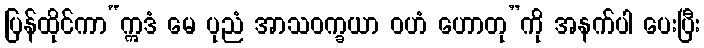
ပြန်ထိုင်ကာ“ဣဒံ မေ ပုညံ အာသဝက္ခယာ ဝဟံ ဟောတု”ကို အနက်ပါ ပေးပြီး